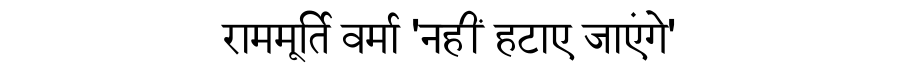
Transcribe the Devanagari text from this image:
राममूर्ति वर्मा 'नहीं हटाए जाएंगे'